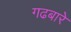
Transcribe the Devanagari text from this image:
गढबारे